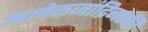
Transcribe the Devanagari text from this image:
अलेकजांद्रिनस्की